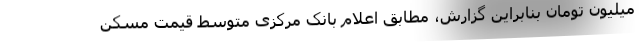
میلیون تومان بنابراین گزارش، مطابق اعلام بانک مرکزی متوسط قیمت مسکن